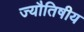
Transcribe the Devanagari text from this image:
ज्यौतिषीय